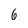
Character: 6